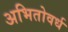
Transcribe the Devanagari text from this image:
अभितोवर्ध